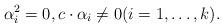
LaTeX: \begin{align*}\alpha^2_i=0,c \cdot \alpha_i \neq 0(i=1,\ldots,k).\end{align*}